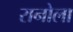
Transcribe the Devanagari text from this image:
रानोला